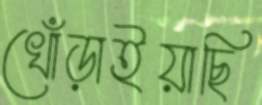
খোঁড়াইয়াছি